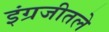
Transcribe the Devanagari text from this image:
इंग्रजीतले